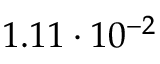
1 . 1 1 \cdot 1 0 ^ { - 2 }